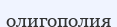
олигополия